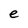
Character: e